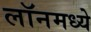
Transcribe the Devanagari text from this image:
लॉनमध्ये